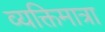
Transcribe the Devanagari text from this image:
व्यक्तिमात्रा